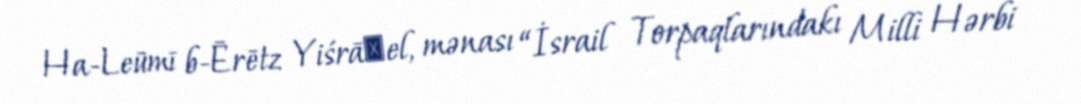
Ha-Leūmī b-Ērētz Yiśrāʾel, mənası “İsrail Torpaqlarındakı Milli Hərbi